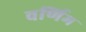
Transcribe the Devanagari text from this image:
वर्णिम